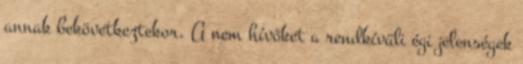
annak bekövetkeztekor. A nem hívőket a rendkívüli égi jelenségek